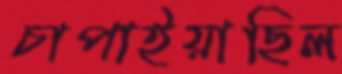
চাপাইয়াছিল